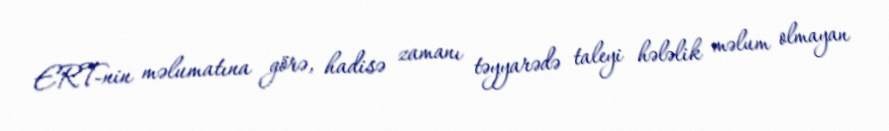
ERT-nin məlumatına görə, hadisə zamanı təyyarədə taleyi hələlik məlum olmayan